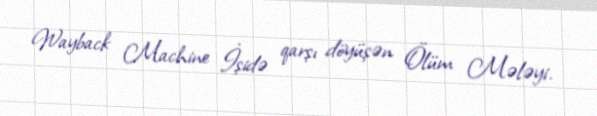
Wayback Machine İşidə qarşı döyüşən Ölüm Mələyi.